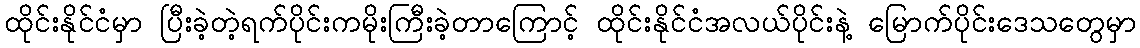
ထိုင်းနိုင်ငံမှာ ပြီးခဲ့တဲ့ရက်ပိုင်းကမိုးကြီးခဲ့တာကြောင့် ထိုင်းနိုင်ငံအလယ်ပိုင်းနဲ့ မြောက်ပိုင်းဒေသတွေမှာ